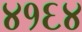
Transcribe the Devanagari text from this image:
४१६४